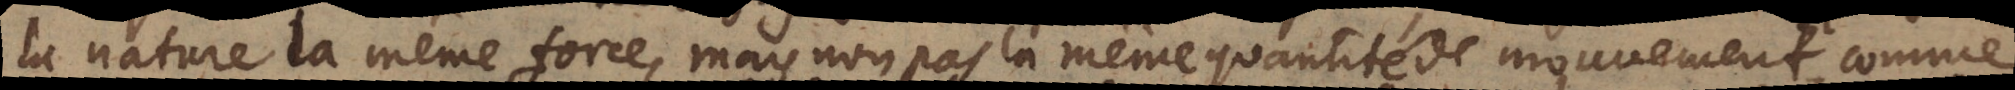
la nature la même force, mais non pas la même quantité de mouvement,comme